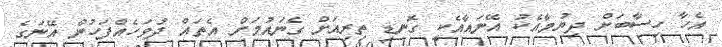
އެހާ ހިސާބަށް ދިޔުމާއެކު އޭނައާއެކީ ގޮނޑި ތިރިއަށް ގެނައުމަށް އެތައް ދުވަހެއްފަހުން އޭނަގެ